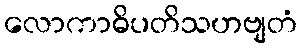
လောကာဓိပတိသဟဗျတံ